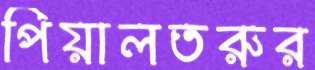
পিয়ালতরুর